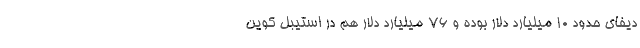
دیفای حدود 10 میلیارد دلار بوده و 76 میلیارد دلار هم در استیبل کوین